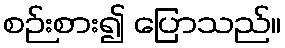
စဉ်းစား၍ ပြောသည်။